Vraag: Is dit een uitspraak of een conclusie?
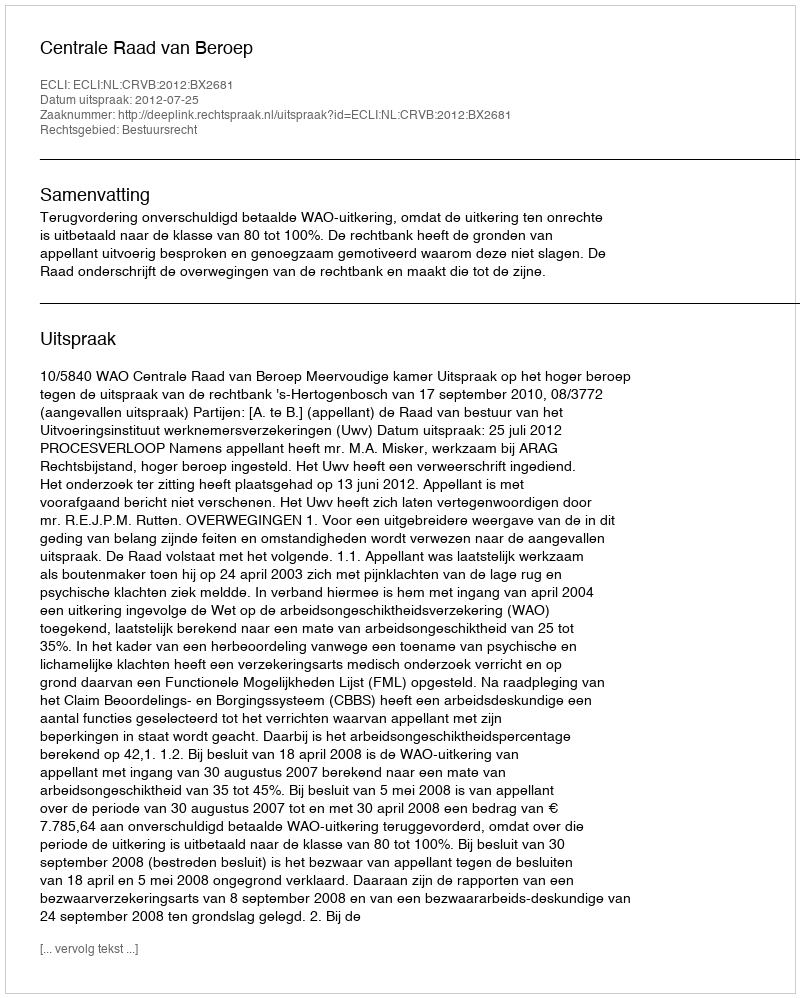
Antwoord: Uitspraak